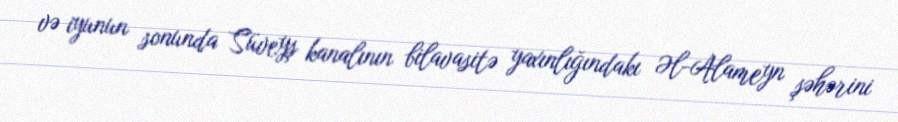
və iyunun sonunda Süveyş kanalının bilavasitə yaxınlığındakı Əl-Alameyn şəhərini